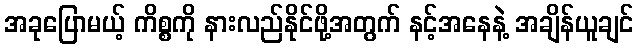
အခုပြောမယ့် ကိစ္စကို နားလည်နိုင်ဖို့အတွက် နင့်အနေနဲ့ အချိန်ယူချင်